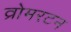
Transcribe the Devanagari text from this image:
व्रोमरटन